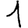
Digit: 1